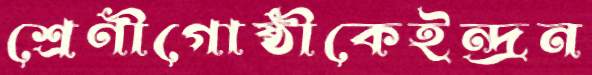
শ্রেণীগোষ্ঠীকেইন্দ্রন